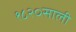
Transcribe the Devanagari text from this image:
१८२०साली